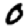
Digit: 0